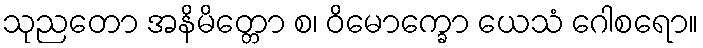
သုညတော အနိမိတ္တော စ၊ ဝိမောက္ခော ယေသံ ဂေါစရော။